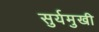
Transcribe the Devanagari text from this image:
सुर्यमुखी